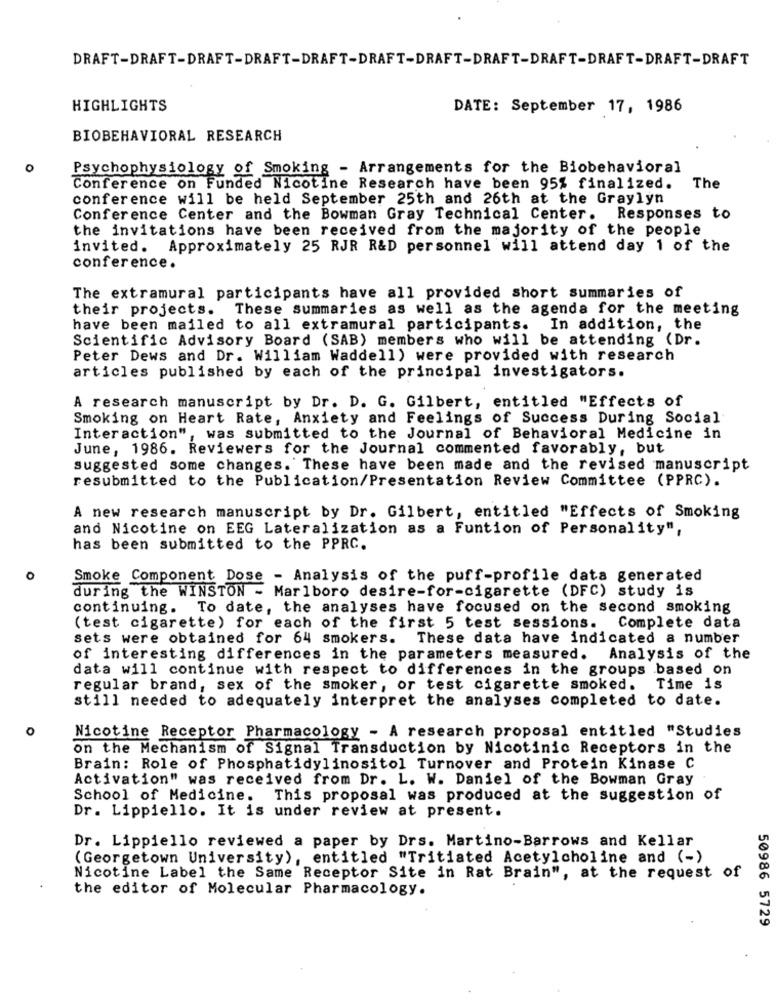
DRAFT-DRAFT-DRAFT-DRAFT-DRAFT-DRAFT-DRAFT-DRAFT-DRAFT-DRAFT-DRAFT-DRAFT
HIGHLIGHTS
DATE: September 17, 1986
BIOBEHAVIORAL RESEARCH
0
Psychophysiology of Smoking - Arrangements for the Biobehavioral
Conference on Funded Nicotine Research have been 95% finalized. The
conference will be held September 25th and 26th at the Graylyn
Conference Center and the Bowman Gray Technical Center. Responses to
the invitations have been received from the majority of the people
invited. Approximately 25 RJR R&D personnel will attend day 1 of the
conference.
The extramural participants have all provided short summaries of
their projects. These summaries as well as the agenda for the meeting
have been mailed to all extramural participants. In addition, the
Scientific Advisory Board (SAB) members who will be attending (Dr.
Peter Dews and Dr. William Waddell) were provided with research
articles published by each of the principal investigators.
A research manuscript by Dr. D. G. Gilbert, entitled "Effects of
Smoking on Heart Rate, Anxiety and Feelings of Success During Social
Interaction", was submitted to the Journal of Behavioral Medicine in
June, 1986. Reviewers for the Journal commented favorably, but
suggested some changes. These have been made and the revised manuscript
resubmitted to the Publication/Presentation Review Committee (PPRC).
A new research manuscript by Dr. Gilbert, entitled "Effects of Smoking
and Nicotine on EEG Lateralization as a Funtion of Personality",
has been submitted to the PPRC.
O
Smoke Component Dose - Analysis of the puff-profile data generated
during the WINSTON - Marlboro desire-for-cigarette (DFC) study is
continuing. To date, the analyses have focused on the second smoking
(test cigarette) for each of the first 5 test sessions. Complete data
sets were obtained for 64 smokers. These data have indicated a number
of interesting differences in the parameters measured.
Analysis of the
data will continue with respect to differences in the groups based on
regular brand, sex of the smoker, or test cigarette smoked.
Time is
still needed to adequately interpret the analyses completed to date.
0
Nicotine Receptor Pharmacology - A research proposal entitled "Studies
on the Mechanism of Signal Transduction by Nicotinic Receptors in the
Brain: Role of Phosphatidylinositol Turnover and Protein Kinase C
Activation" was received from Dr. L. W. Daniel of the Bowman Gray
School of Medicine.
This proposal was produced at the suggestion of
Dr. Lippiello. It is under review at present.
Dr. Lippiello reviewed a paper by Drs. Martino-Barrows and Kellar
(Georgetown University), entitled "Tritiated Acetylcholine and (-)
Nicotine Label the Same Receptor Site in Rat Brain", at the request of
the editor of Molecular Pharmacology.
50986 5729